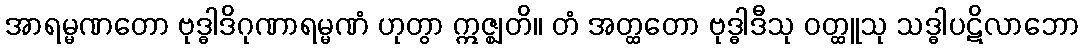
အာရမ္မဏတော ဗုဒ္ဓါဒိဂုဏာရမ္မဏံ ဟုတွာ ဣဇ္ဈတိ။ တံ အတ္ထတော ဗုဒ္ဓါဒီသု ဝတ္ထူသု သဒ္ဓါပဋိလာဘော